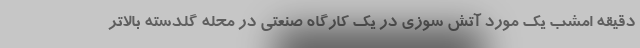
دقیقه امشب یک مورد آتش سوزی در یک کارگاه صنعتی در محله گلدسته بالاتر